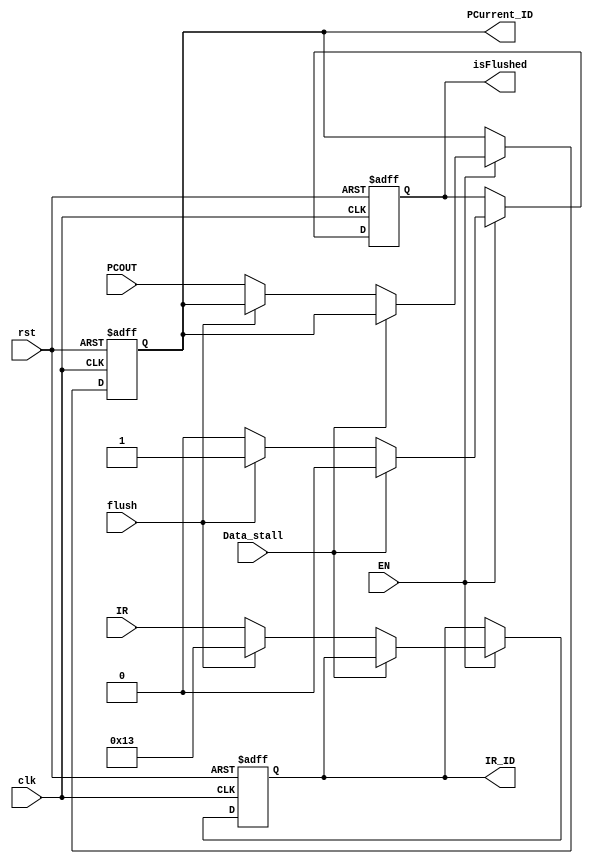
`timescale 1ns / 1ps
//////////////////////////////////////////////////////////////////////////////////
// Company:
// Engineer:
//
// Design Name:
// Module Name:    REGS IF/ID Latch
// Project Name:
// Target Devices:
// Tool versions:
// Description:
//
// Dependencies:
//
// Revision:
// Revision 0.01 - File Created
// Additional Comments:
//
//////////////////////////////////////////////////////////////////////////////////

module    REG_IF_ID(input clk,                                      //IF/ID Latch
                    input rst,
                    input EN,                                       //
                    input Data_stall,                               //
                    input flush,                                    //
                    input [31:0] PCOUT,                             //
                    input [31:0] IR,                                //

                    output reg[31:0] IR_ID,                         //
                    output reg[31:0] PCurrent_ID,                   //
                    output reg isFlushed
                );

//reg[31:0]PCurrent_ID,IR_ID;
    always @(posedge clk or posedge rst) begin
        if(rst) begin
            IR_ID <= 32'h00000013;                            //
            PCurrent_ID <= 32'h00000000;                     //
            isFlushed <= 0;
        end
        else if(EN)begin
            if(Data_stall)begin
                IR_ID <= IR_ID;                          //IR waiting for Data Hazards 
                PCurrent_ID <= PCurrent_ID;           //PC
                isFlushed <= 0;
            end
            else if(flush)begin
                IR_ID <= 32'h00000013;              //IR waiting for Control Hazards is
                PCurrent_ID <= PCurrent_ID;      //()
                isFlushed <= 1;
            end
            else begin
                IR_ID <= IR;                       //,
                PCurrent_ID <= PCOUT;           //PCBranch/Junp(PC+4)
                isFlushed <= 0;
            end
        end
    end

endmodule